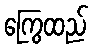
ကြွေထည်